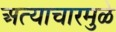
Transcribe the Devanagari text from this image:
अत्याचारमुळे